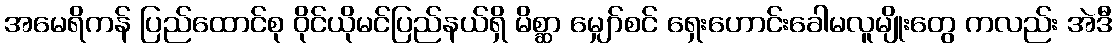
အမေရိကန် ပြည်ထောင်စု ဝိုင်ယိုမင်ပြည်နယ်ရှိ မိစ္ဆာ မျှော်စင် ရှေးဟောင်းခေါမလူမျိုးတွေ ကလည်း အဲဒီ